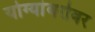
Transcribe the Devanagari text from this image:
योग्यांबरोबर